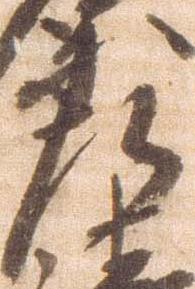
左